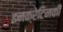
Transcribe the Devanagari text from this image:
इनक्रेटिनकी